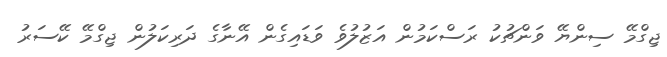
ޖިގްމޭ ސިންޔޭ ވަންޗުކު ރަސްކަމުން އަޒުލުވެ ވަޑައިގެން އޭނާގެ ދަރިކަލުން ޖިގްމޭ ކޭސަރު